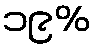
၁၉%